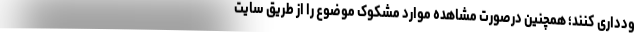
ودداری کنند؛ همچنین درصورت مشاهده موارد مشکوک موضوع را از طریق سایت